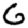
Digit: 6